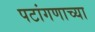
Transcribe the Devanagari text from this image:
पटांगणाच्या